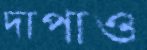
দাপাও